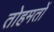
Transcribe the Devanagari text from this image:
तोहमतों